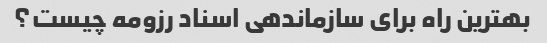
بهترین راه برای سازماندهی اسناد رزومه چیست؟